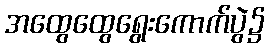
အထွေထွေရွေးကောက်ပွဲ၌